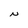
Character: N